Cholera in southern India
Disease focus: Cholera
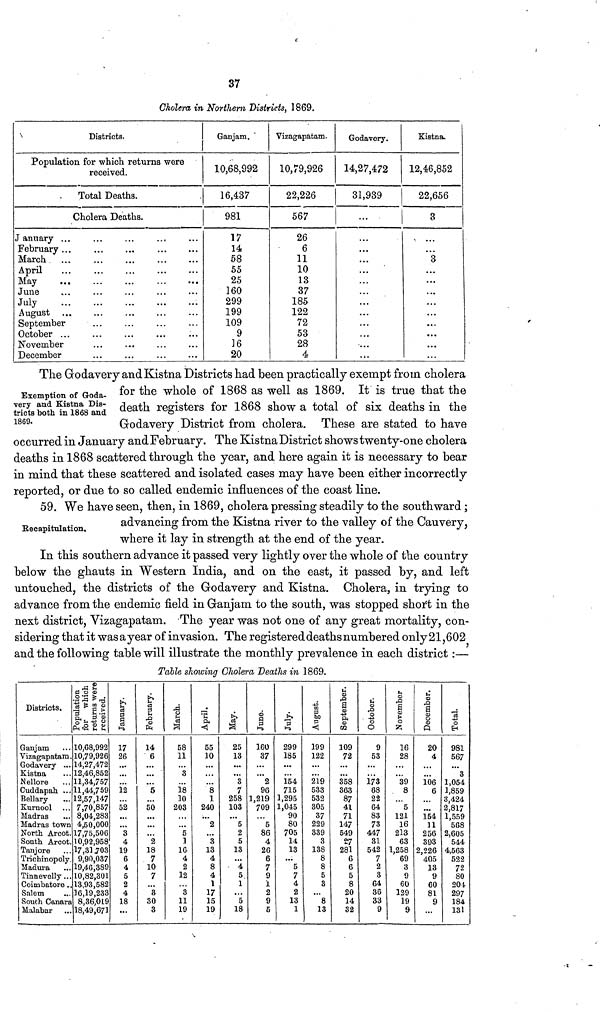
37
Cholera in Northern Districts, 1869.
Districts.
Population for which returns were
received.
Total Deaths.
Cholera Deaths.
January ...
...
...
..
February ...
March
April
May
June
July
August
September
...
October ...
November
December
Ganjam.
10,68,992
16,437
981
17
14
58
55
25
160
299
199
109
9
16
20
Vizagapatam.
10,79,926
22,226
567
26
6
11
10
13
37
185
122
72
53
28
4
Godavery.
14,27,472
31,939
...
...
...
...
...
...
Kistna.
12,46,852
22,656
3
...
3
...
...
...
...
•
Exemption of Goda-
very and Kistna Dis-
tricts both in 1868 and
1869.
The Godavery and Kistna Districts had been practically exempt from cholera
for the whole of 1868 as well as 1869. It is true that the
death registers for 1868 show a total of six deaths in the
Grodavery District from cholera. These are stated to have
occurred in January and February. The Kistna District shows twenty-one cholera
deaths in 1868 scattered through the year, and here again it is necessary to bear
in mind that these scattered and isolated cases may have been either incorrectly
reported, or due to so called endemic influences of the coast line.
Recapitulation,
59. We have seen, then, in 1869, cholera pressing steadily to the southward ;
advancing from the Kistna river to the valley of the Cauvery,
where it lay in strength at the end of the year.
In this southern advance it passed very lightly over the whole of the country
below the ghauts in Western India, and on the east, it passed by, and left
untouched, the districts of the Godavery and Kistna. Cholera, in trying to
advance from the endemic field in Ganjam to the south, was stopped short in the
next district, Vizagapatam. The year was not one of any great mortality, con-
sidering that it wasayear of invasion. The registered deaths numbered only 21,602
and the following table will illustrate the monthly prevalence in each district :—
Table showing Cholera Deaths in 1869.
Districts.
Ganjam
Vizagapatam.
Godavery
Kistna
Nellore
Cuddapah ...
Bellary
Kurnool
Madras
Madras town
North Arcot.
South Arcot.
Tanjore
Trichinopoly.
Madura
Tinnevelly...
Coimbatore ..
Salem
South Canara
Malabar
Population
for which
returns were
received.
10,68,992
10,79,926
14,27,472
12,46,852
] 1,34,757
11,44,759
12,57,147
7,70,857
8,04,283
4,50,000
17,75,506
10,92,958
17,33,703
9,90,037
19,46,389
10,82,301
13,93,582
16,19,233
8,36,019
18,49,671
January.
17
26
...
12
...
52
• ••
3
4
19
6
4
5
2
4
18
...
February.
14
6
...
...
5
...
50
...
2
18
7
10
7
3
30
3
March.
58
11
3
18
10
203
5
1
16
4
2
12
3
11
19
April.
55
10
...
8
1
240
2
...
3
13
4
8
4
1
17
15
19
May.
25
13
3
7
258
103
5
2
5
13
...
4
5
1
...
5
18
June.
160
37
2
96
1,219
709
5
86
4
26
6
7
9
1
2
9
5
July
299
185
154
715
1,295
1,045
90
80
705
14
13
...
5
7
4
2
13
1
August.
199
122
219
533
532
305
37
229
339
3
138
8
8
5
3
...
8
13
September.
109
72
358
363
87
41
71
147
549
27
281
6
6
5
8
20
14
32
October.
9
53
173
68
22
64
83
73
447
31
542
7
2
3
64
36
33
9
November
16
28
39
8
5
121
16
213
63
1,258
69
3
9
60
129
19
9
December.
20
4
106
6
...
154
11
256
393
2,226
405
13
9
60
81
9
Total.
981
567
3
1,054
1,859
3,424
2,817
1,559
568
2,605
544
4,563
522
72
80
204
297
184
131